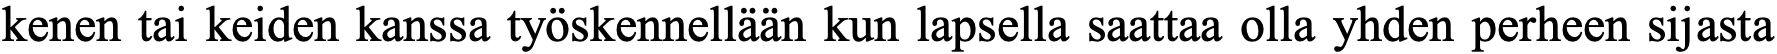
kenen tai keiden kanssa työskennellään kun lapsella saattaa olla yhden perheen sijasta